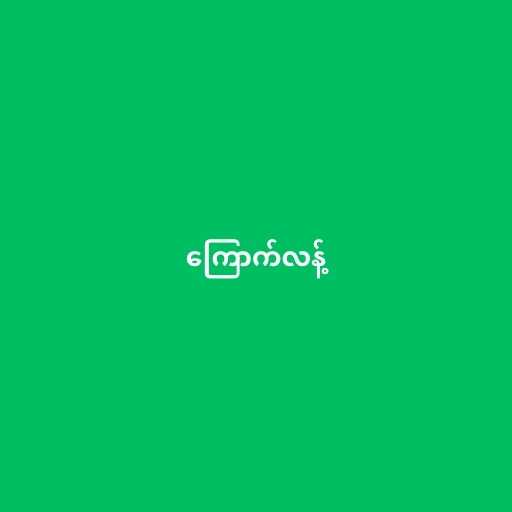
ကြောက်လန့်